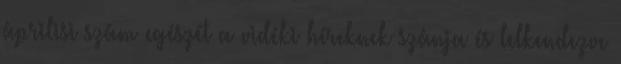
áprilisi szám egészét a vidéki híreknek szánja és lelkendezve